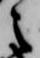
之